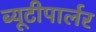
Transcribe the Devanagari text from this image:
ब्यूटीपार्लर